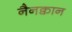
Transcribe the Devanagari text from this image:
नैनक्वान